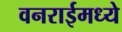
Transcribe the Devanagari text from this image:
वनराईमध्ये